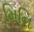
મિનિ